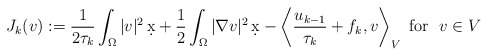
\begin{align*}J_k(v):=\frac{1}{2\tau_k}\int_\Omega |v|^2\,\d x+\frac{1}{2}\int_\Omega |\nabla v|^2\,\d x- \left\langle \dfrac{u_{k-1}}{\tau_k} + f_k ,v \right\rangle_V \mbox{ for } \ v \in V\end{align*}